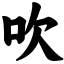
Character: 吹